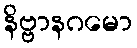
နိဗ္ဗာနဂမော